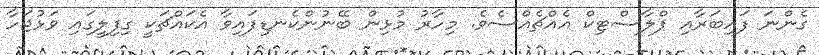
ގެންނަ ފައިބަރާއި ޕްލާސްޓިކް އެއްޗެއްސެވެ. މިހާރު މުޅިން ބޭނުންކެނޑިފައިވާ އެކައްޗަކީ ގިފިލީގައި ވަޅުޖަހާ